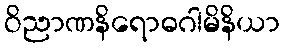
ဝိညာဏနိရောဓဂါမိနိယာ